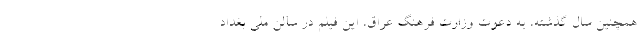
همچنین سال گذشته، به دعوت وزارت فرهنگ عراق، این فیلم در سالن ملی بغداد